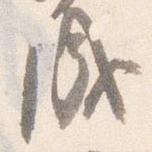
成